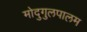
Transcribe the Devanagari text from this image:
मोदुगुलपालम